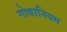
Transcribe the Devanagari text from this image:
गोबानियम